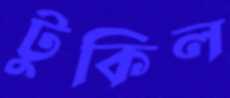
টুকিল